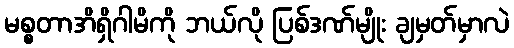
မစ္စတာအိရှိဂါမိကို ဘယ်လို ပြစ်ဒဏ်မျိုး ချမှတ်မှာလဲ